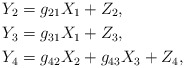
\begin{align*}Y_2 &= g_{21} X_1 + Z_2, \\Y_3 &= g_{31} X_1 + Z_3, \\Y_4 &= g_{42} X_2 + g_{43} X_3 + Z_4,\end{align*}